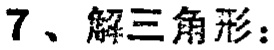
7、解三角形：